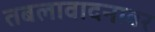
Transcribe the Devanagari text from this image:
तबलावादनावर